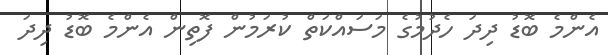
އެންމެ ބޮޑު ދިދަ ހެދުމުގެ މަސައްކަތް ކުރަމުން ފޮތިން އެންމެ ބޮޑު ދިދަ